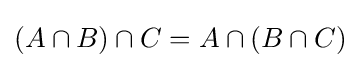
(A\cap B)\cap C=A\cap (B\cap C)